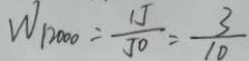
W _ { 1 2 0 0 0 } = \frac { 1 J } { J 0 } = \frac { 3 } { 1 0 }